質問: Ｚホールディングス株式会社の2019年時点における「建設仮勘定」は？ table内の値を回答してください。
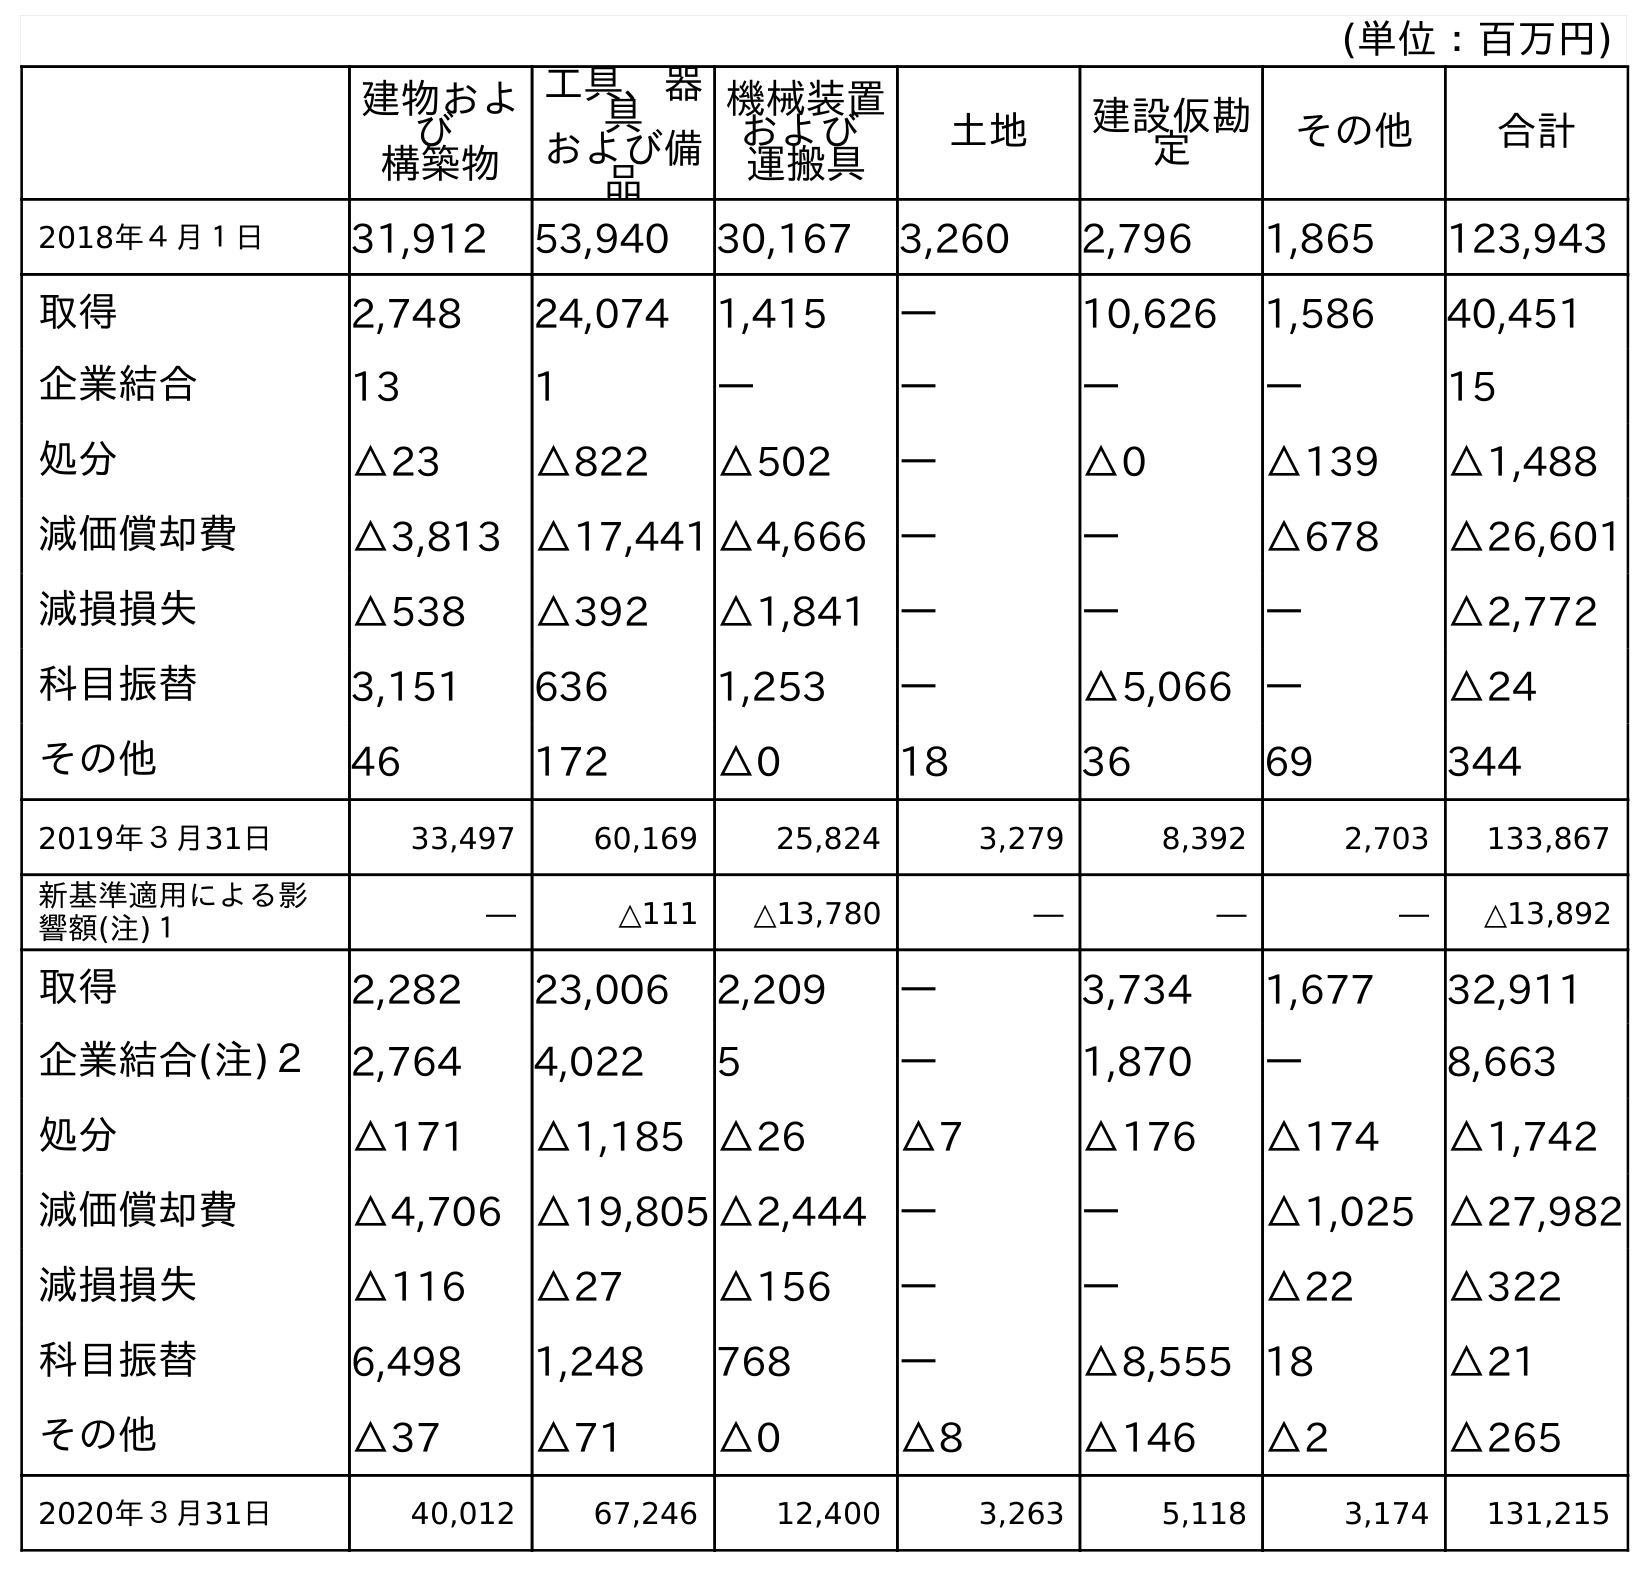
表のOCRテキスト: (単位：百万円) 建物およ び 構築物 工具、器 具 および備 品 機械装置 および 運搬具 土地 建設仮勘 定 その他 合計 2018年４月１日 31,912 53,940 30,167 3,260 2,796 1,865 123,943 取得 2,748 24,074 1,415 ― 10,626 1,586 40,451 企業結合 13 1 ― ― ― ― 15 処分 △23 △822 △502 ― △0 △139 △1,488 減価償却費 △3,813 △17,441 △4,666 ― ― △678 △26,601 減損損失 △538 △392 △1,841 ― ― ― △2,772 科目振替 3,151 636 1,253 ― △5,066 ― △24 その他 46 172 △0 18 36 69 344 2019年３月31日 33,497 60,169 25,824 3,279 8,392 2,703 133,867 新基準適用による影 響額(注)１ ― △111 △13,780 ― ― ― △13,892 取得 2,282 23,006 2,209 ― 3,734 1,677 32,911 企業結合(注)２ 2,764 4,022 5 ― 1,870 ― 8,663 処分 △171 △1,185 △26 △7 △176 △174 △1,742 減価償却費 △4,706 △19,805 △2,444 ― ― △1,025 △27,982 減損損失 △116 △27 △156 ― ― △22 △322 科目振替 6,498 1,248 768 ― △8,555 18 △21 その他 △37 △71 △0 △8 △146 △2 △265 2020年３月31日 40,012 67,246 12,400 3,263 5,118 3,174 131,215
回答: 8,392